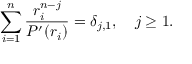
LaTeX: \sum _ { i = 1 } ^ { n } { \frac { r _ { i } ^ { n - j } } { P ^ { \prime } ( r _ { i } ) } } = \delta _ { j , 1 } , \quad j \geq 1 .